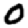
Digit: 0